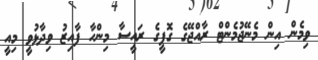
ވިމެން އިން މެނޭޖުމެންޓް ރާއްޖޭގެ ގޮފީގެ ރައީސާ މިންހާ ފާއިޒު ވިދާޅުވީ މިއީ